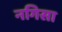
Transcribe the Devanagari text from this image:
नगिसा